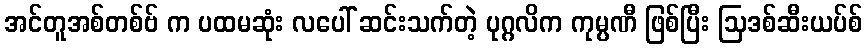
အင်တူအစ်တစ်ဗ် က ပထမဆုံး လပေါ် ဆင်းသက်တဲ့ ပုဂ္ဂလိက ကုမ္ပဏီ ဖြစ်ပြီး ဩဒစ်ဆီးယပ်စ်